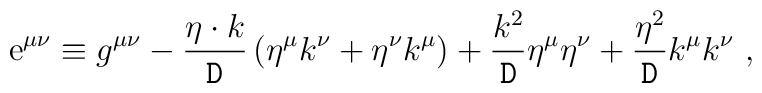
\mbox{\rm e}^{\mu\nu}\equiv g^{\mu\nu}-\frac{\eta\cdot k}{\mbox{\tt D}}\left(\eta^\mu k^\nu+\eta^\nu k^\mu\right)+\frac{k^2}{\mbox{\tt D}}\eta^\mu \eta^\nu + \frac{\eta^2}{\mbox{\tt D}}k^\mu k^\nu\ ,